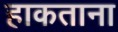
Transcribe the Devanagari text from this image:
हाकताना